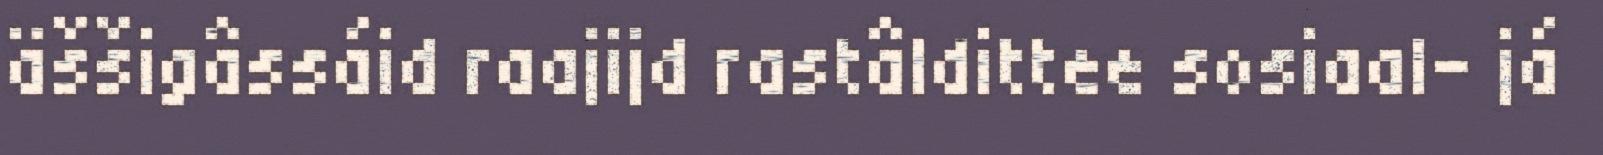
äššigâssáid raajijd rastâldittee sosiaal- já